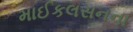
માઈકલસનના